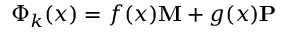
\Phi _ { k } ( x ) = f ( x ) { \bf M } + g ( x ) { \bf P }